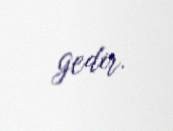
gedir.